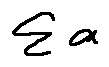
\sum a